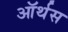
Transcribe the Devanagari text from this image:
ऑर्थस